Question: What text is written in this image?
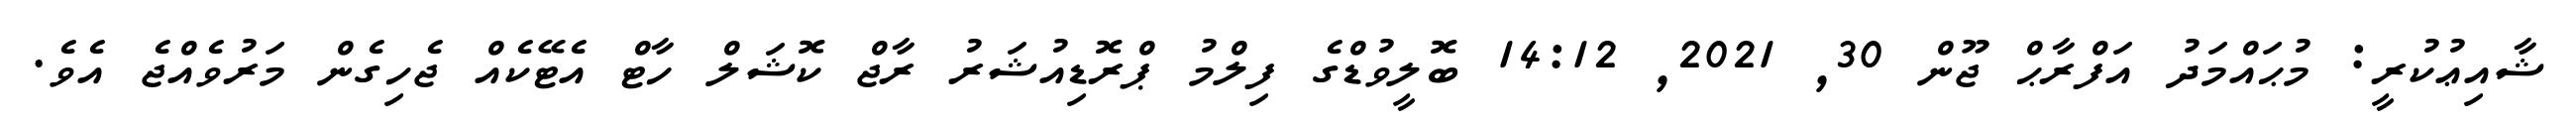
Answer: ޝާއިޢުކުރީ: މުޙައްމަދު އަފްރާޙް ޖޫން 30, 2021, 14:12 ބޮލީވުޑްގެ ފިލްމު ޕްރޮޑިއުޝަރު ރާޖް ކޮޝަލް ހާޓް އެޓޭކެއް ޖެހިގެން މަރުވެއްޖެ އެވެ.